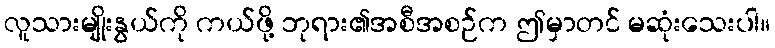
လူသားမျိုးနွယ်ကို ကယ်ဖို့ ဘုရား၏အစီအစဉ်က ဤမှာတင် မဆုံးသေးပါ။